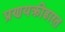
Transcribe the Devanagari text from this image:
प्रणयक्रीडारत